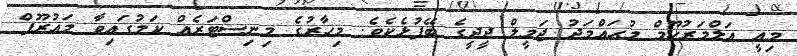
މިއީ އަލްމަރުހޫމް މުޙައްމަދު ޖަމީލް ދީދީގެ ބޭފުޅެކެވެ. މިހާރުގެ މިނިސްޓަރެއް ކަމުގައިވާ މަޢުރޫފް